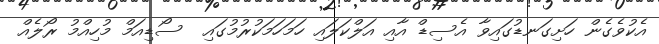
އެކުވެގެން ހަށިގަނޑުގައިވާ އެސިޑް އާއި އަލްކަލައި ހަމަހަމަކުރުމުގައި  ސޯޑިއަމް މުހިއްމު ރޯލެއް